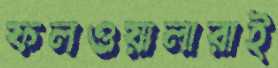
ফলওয়ালারাই